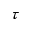
\tau